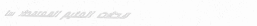
محلات العثيم المعتمدة: سا